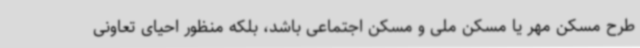
طرح مسکن مهر یا مسکن ملی و مسکن اجتماعی باشد، بلکه منظور احیای تعاونی